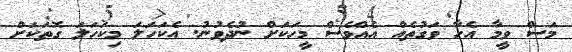
މަސް ވީމާ އެހާ ވަގުތެއް އެއްވެސް މީހަކަށް ނުދެވުނު. އެކަހަލަ މިކަހަލަ ގޮތަކަށް